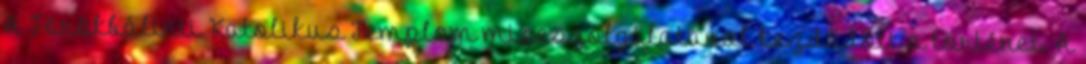
A Törökbálinti Katolikus Templom miseszolgálatával kezdődött a történet. A